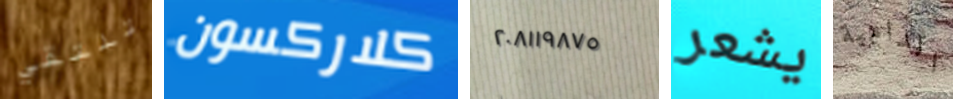
تلتقي كلاركسون ٢٠٨١١٩٨٧٥ يشعر الدامية